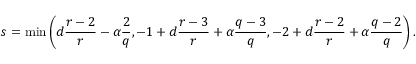
s = \operatorname* { m i n } \left( d \frac { r - 2 } { r } - \alpha \frac { 2 } { q } , - 1 + d \frac { r - 3 } { r } + \alpha \frac { q - 3 } { q } , - 2 + d \frac { r - 2 } { r } + \alpha \frac { q - 2 } { q } \right) .